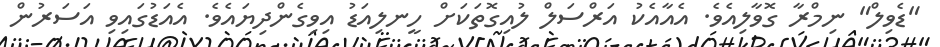
"ޑެވިލް" ނިމްރާ ގޮވާލިއެވެ. އެއާއެކު އަރްސަލް ލުއިގޮތަކަށް ހީނލިއަޑު އިވިގެންދިޔައެވެ. އެއަޑުގައިވި އަސަރުން